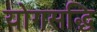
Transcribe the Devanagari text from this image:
योगसद्धि